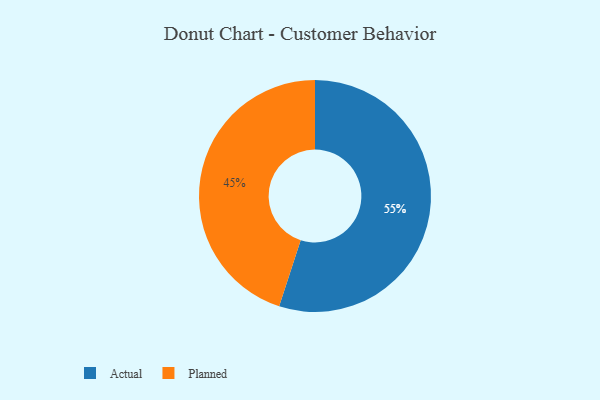
{"axis": {"x": "Category", "y": "Percentage"}, "legend": ["Actual", "Planned"], "data": [{"x": "Planned", "y": 45, "type": "Planned"}, {"x": "Actual", "y": 55, "type": "Actual"}]}